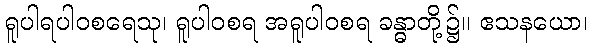
ရူပါရပါဝစရေသု၊ ရူပါဝစရ အရူပါဝစရ ခန္ဓာတို့၌။ ဧသနယော၊